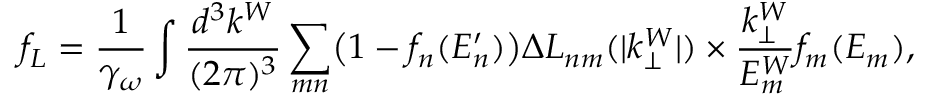
f _ { L } = \frac { 1 } { \gamma _ { \omega } } \int { \frac { d ^ { 3 } k ^ { W } } { ( 2 \pi ) ^ { 3 } } } \sum _ { m n } \bigl ( 1 - f _ { n } ( E _ { n } ^ { \prime } ) \bigr ) \Delta L _ { n m } ( | k _ { \perp } ^ { W } | ) \times \frac { k _ { \perp } ^ { W } } { E _ { m } ^ { W } } f _ { m } ( E _ { m } ) ,